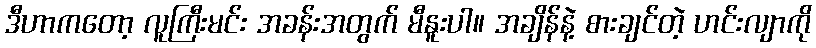
ဒီဟာကတော့ လူကြီးမင်း အခန်းအတွက် မီနူးပါ။ အချိန်နဲ့ စားချင်တဲ့ ဟင်းလျာကို